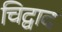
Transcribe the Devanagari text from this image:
चिद्वाद